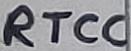
Text: RTCC